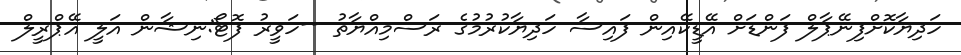
ހަދިޔާކޮށްފިނޭޕާލް ފަންޑަށް އޭޑީކޭއިން ފައިސާ ހަދިޔާކުރުމުގެ ރަސްމިއްޔާތު --ހަވީރު ފޮޓޯ:ނިޝާން އަލީ އޭޕްރީލް